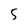
Character: 5